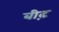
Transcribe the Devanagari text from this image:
बीढ़